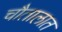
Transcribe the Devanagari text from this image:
चौतालात